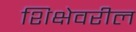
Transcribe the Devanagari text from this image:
शिक्षेवरील